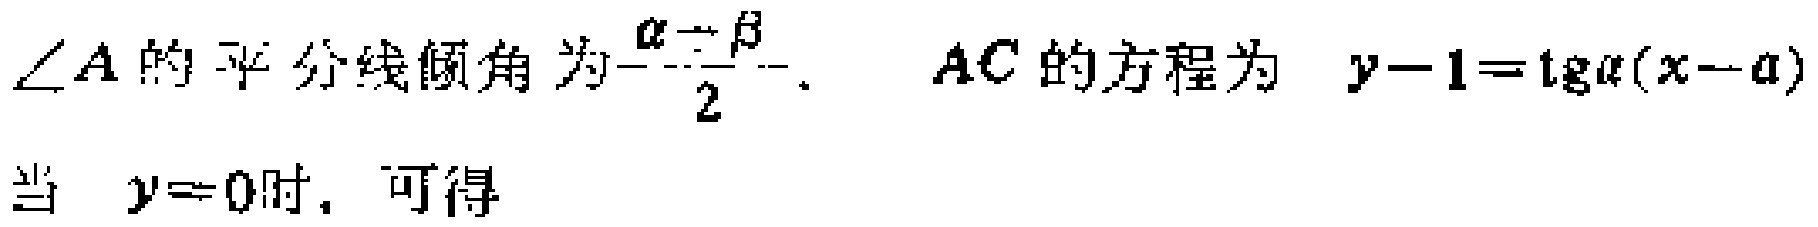
$\angle A\text{的平分线倾角为}\frac{\alpha - \beta}{2}.\quad AC\text{的方程为}\quad y - 1=\operatorname{tg}\alpha(x - a)$
当 $\quad y = 0\text{时, 可得}$